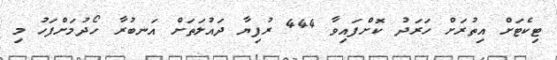
ޓިކެޓަށް އިތުރަށް ހަރަދު ކޮށްފައިވާ 444 ރުފިޔާ ދައުލަތަށް އަނބުރާ ހޯދުމަށްފަހު މި